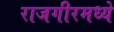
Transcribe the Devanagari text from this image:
राजगीरमध्ये